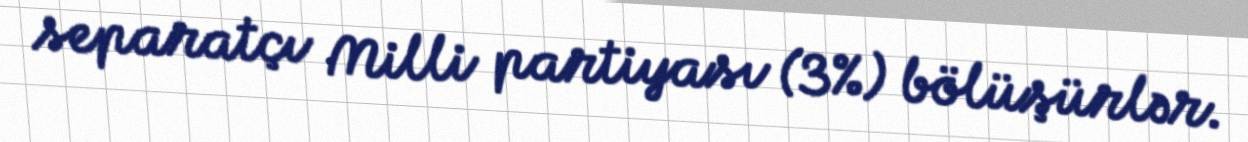
separatçı Milli partiyası (3%) bölüşürlər.